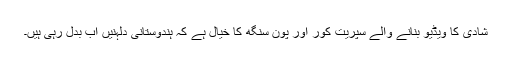
شادی کا ویڈیو بنانے والے سپريت کور اور پون سنگھ کا خیال ہے کہ ہندوستانی دلہنیں اب بدل رہی ہیں۔